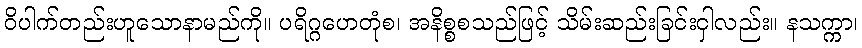
ဝိပါက်တည်းဟူသောနာမည်ကို။ ပရိဂ္ဂဟေတုံစ၊ အနိစ္စစသည်ဖြင့် သိမ်းဆည်းခြင်းငှါလည်း။ နသက္ကာ၊